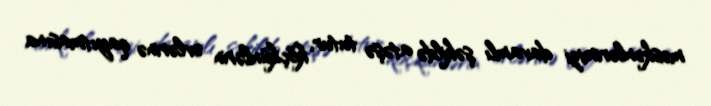
məskənlərimizi davamlı şəkildə atəşə tutur, köçkünlərin evlərinə qayıtmasına